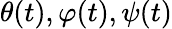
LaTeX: \theta(t),\varphi(t),\psi(t)